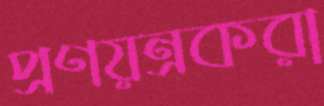
প্রণয়ন্রকরা